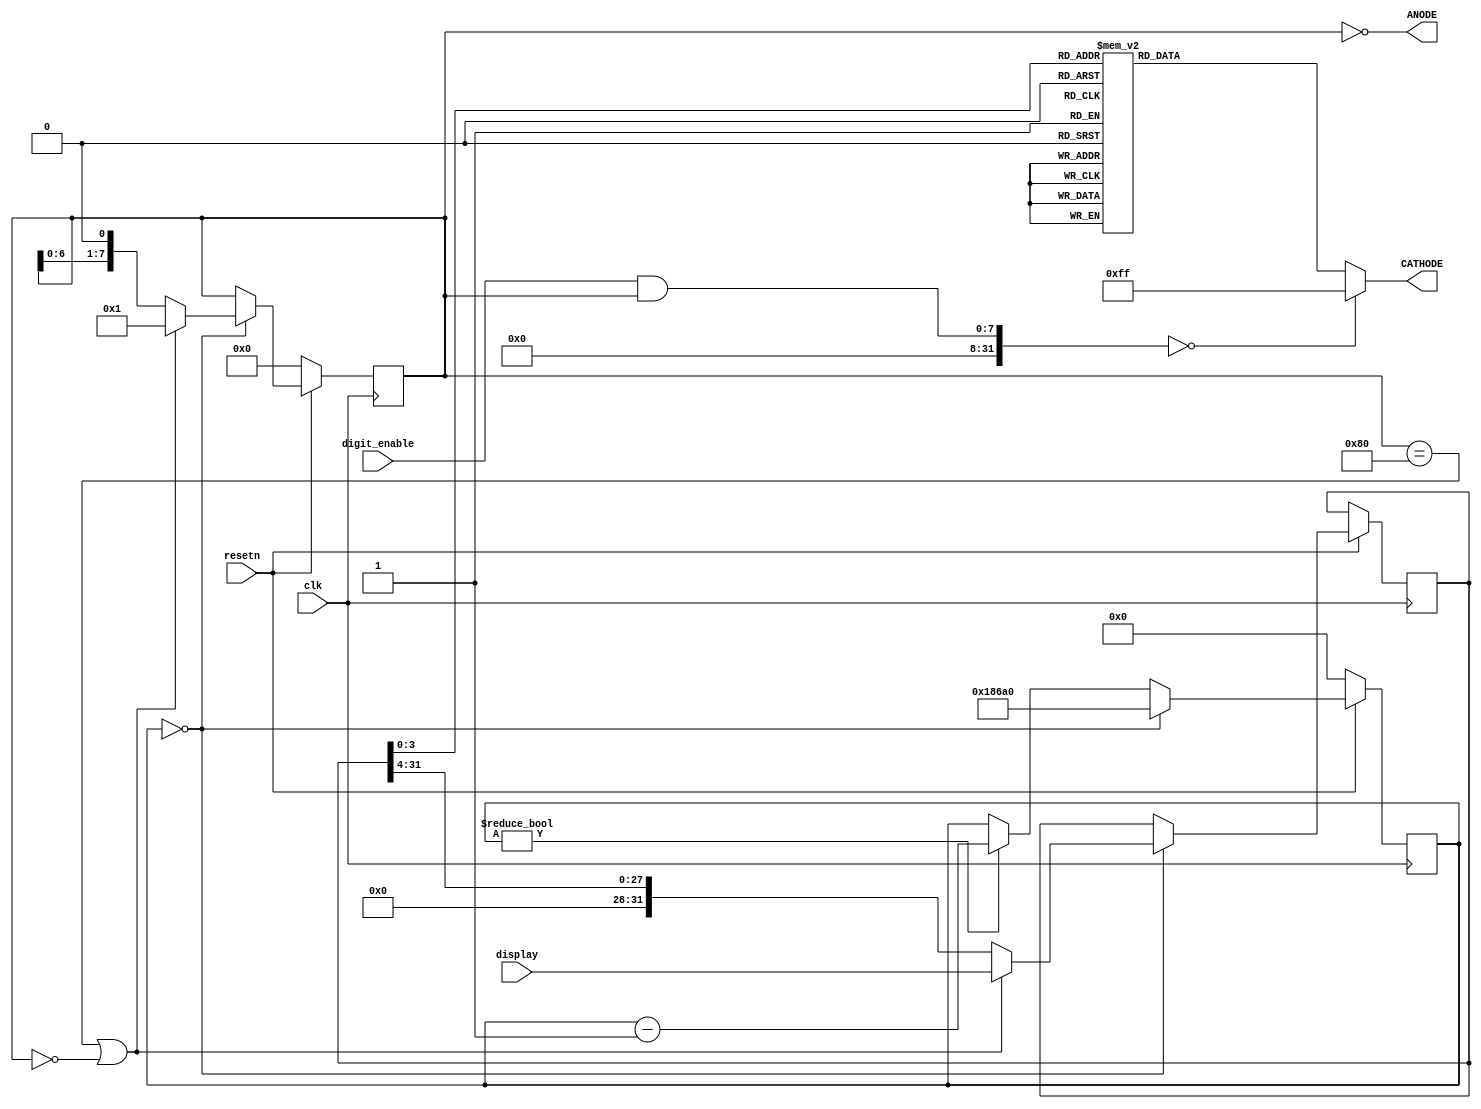
//=============================================================================
// sevenseg_driver - Drives 8 seven-segment modules, with common cathodes
//
// Each 4 bits of "display" correspond to a digit
// Display of digits is gated by "digit_enable" bitmap.
//=============================================================================
module sevenseg_driver # (parameter CLOCK_FREQ = 100000000)
(
    // Clock and rese3t
    input   clk, resetn,
    
    // The value to display, 4 bits per digit
    input[31:0] display,
    
    // Digit enable
    input[7:0] digit_enable, 
    
    // Active-low cathode and anode for the 7-seg digits
    output[7:0] ANODE,
    output reg[7:0] CATHODE
);

// Compute the number of clock cycles in 1 millisecond
localparam ONE_MS = CLOCK_FREQ / 1000;


//=============================================================================
// This block repeatedly drives "display" out to the physical 7-segment
// display, 4 bits at a time, pausing for 1 millisecond between digits.
//
// Drives:
//  anode (and therefore, ANODE)
//  counter
//  shifter
//=============================================================================
reg[ 7:0] anode;
reg[31:0] shifter;
reg[31:0] counter;
//-----------------------------------------------------------------------------
always @(posedge clk) begin

    // The counter is always counting down to 0
    if (counter) counter <= counter - 1;

    // If we're in reset, disable the output
    if (resetn == 0) begin
        anode   <= 0;
        counter <= 0;
    end
    
    // If we're not in reset, we're outputting digits from
    // right to left.
    else if (counter == 0) begin
        if (anode == 8'b1000_0000 || anode == 0) begin
            anode   <= 1;
            shifter <= display;
        end else begin
            anode   <= anode << 1;
            shifter <= shifter >> 4;
        end
        counter <= ONE_MS;
   end
   
end

// The ANODE output is active low
assign ANODE = ~anode;
//=============================================================================



//=============================================================================
// This block reads the bottom 4 bits of "shifter" and drives the CATHODE pins
// of the 7-segment display to the correct values to display the character
//
// Inputs: anode        = Bitmap of which anode (i.e., 7-seg display) is active
//         digit_enable = Bitmap of which digits should be output
//         shifter      = bottom 4 bits map to the digit to be displayed
//
// Output: CATHODE = Driven to display the selected digit
//=============================================================================
always @* begin
    if ((digit_enable & anode) == 0)
        CATHODE = ~(8'b0000_0000);
    else case (shifter[3:0])
        4'h0  : CATHODE = ~(8'b0011_1111);
        4'h1  : CATHODE = ~(8'b0000_0110);
        4'h2  : CATHODE = ~(8'b0101_1011);
        4'h3  : CATHODE = ~(8'b0100_1111);
        4'h4  : CATHODE = ~(8'b0110_0110);
        4'h5  : CATHODE = ~(8'b0110_1101);
        4'h6  : CATHODE = ~(8'b0111_1101);
        4'h7  : CATHODE = ~(8'b0000_0111);
        4'h8  : CATHODE = ~(8'b0111_1111);
        4'h9  : CATHODE = ~(8'b0110_0111);
        4'hA  : CATHODE = ~(8'b0111_0111);
        4'hB  : CATHODE = ~(8'b0111_1100);
        4'hC  : CATHODE = ~(8'b0011_1001);
        4'hD  : CATHODE = ~(8'b0101_1110);
        4'hE  : CATHODE = ~(8'b0111_1001);
        4'hF  : CATHODE = ~(8'b0111_0001);
    endcase
end
//=============================================================================


endmodule